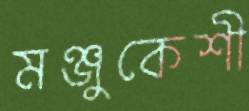
মঞ্জুকেশী